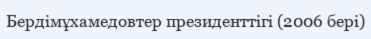
Бердімұхамедовтер президенттігі (2006 бері)